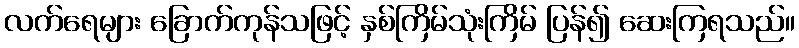
လက်ရေများ ခြောက်ကုန်သဖြင့် နှစ်ကြိမ်သုံးကြိမ် ပြန်၍ ဆေးကြရသည်။